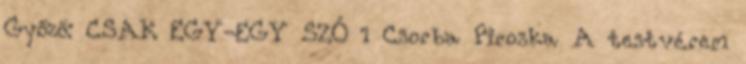
Győző: CSAK EGY-EGY SZÓ 1 Csorba Piroska A testvérem